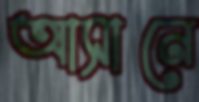
আসানে